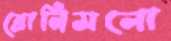
ব্রোনিসলো